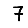
Digit: 7